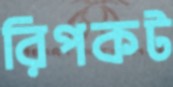
রিপকট